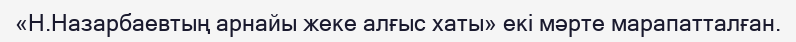
«Н.Назарбаевтың арнайы жеке алғыс хаты» екі мәрте марапатталған.